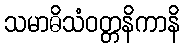
သမာဓိသံဝတ္တနိကာနိ